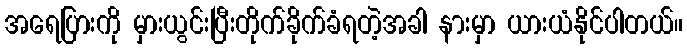
အရေပြားကို မှားယွင်းပြီးတိုက်ခိုက်ခံရတဲ့အခါ နားမှာ ယားယံနိုင်ပါတယ်။